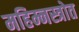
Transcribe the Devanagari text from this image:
महिम्नस्त्रोत